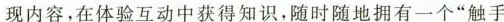
现内容，在体验互动中获得知识，随时随地拥有一个”触手